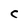
Character: C